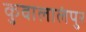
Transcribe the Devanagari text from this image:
कुवालालंपुर